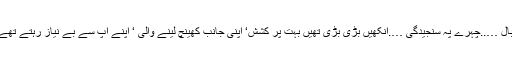
کھلی کھلی سی رنگت‘ سیاہ بال …..چہرے پہ سنجیدگی ….آنکھیں بڑی بڑی تھیں بہت پُر کشش‘ اپنی جانب کھینچ لینے والی ‘ اپنے آپ سے بے نیاز رہتے تھے‘ مگر کمال کے آدمی تھے۔